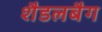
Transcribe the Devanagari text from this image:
शैडलबैग